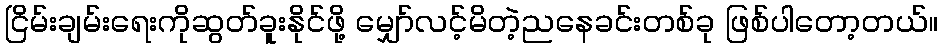
ငြိမ်းချမ်းရေးကိုဆွတ်ခူးနိုင်ဖို့ မျှော်လင့်မိတဲ့ညနေခင်းတစ်ခု ဖြစ်ပါတော့တယ်။